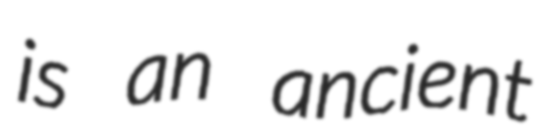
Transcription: is an ancient